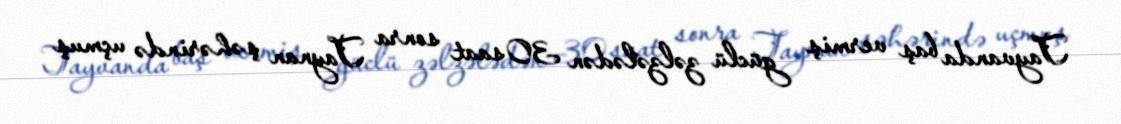
Tayvanda baş vermiş güclü zəlzələdən 30 saat sonra Taynan şəhərində uçmuş